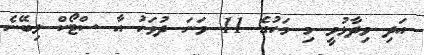
އަދި ވިދާޅުވީ މި މަހުގެ 11 ވަނަ ދުވަހު އާ ސްޓޯކް ލިބޭނެ